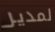
لمدير